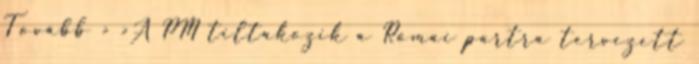
Tovább › ›A PM tiltakozik a Római partra tervezett